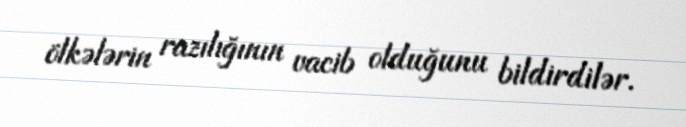
ölkələrin razılığının vacib olduğunu bildirdilər.